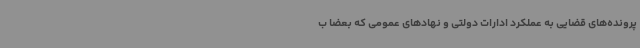
پرونده‌های قضایی به عملکرد ادارات دولتی و نهادهای عمومی که بعضا ب